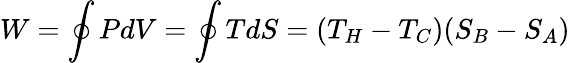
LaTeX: W=\oint PdV=\oint TdS=(T_{H}-T_{C})(S_{B}-S_{A})